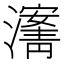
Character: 𰝡